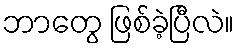
ဘာတွေ ဖြစ်ခဲ့ပြီလဲ။